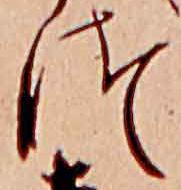
つ